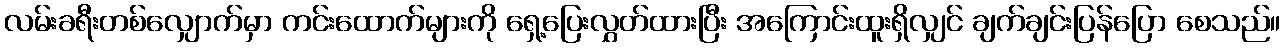
လမ်းခရီးတစ်လျှောက်မှာ ကင်းထောက်များကို ရှေ့ပြေးလွှတ်ထားပြီး အကြောင်းထူးရှိလျှင် ချက်ချင်းပြန်ပြော စေသည်။